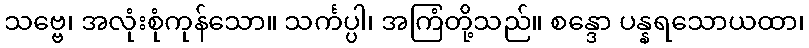
သဗ္ဗေ၊ အလုံးစုံကုန်သော။ သင်္ကပ္ပါ၊ အကြံတို့သည်။ စန္ဒော ပန္နရသောယထာ၊